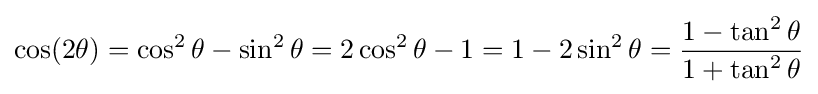
\cos(2\theta )=\cos ^{2}\theta -\sin ^{2}\theta =2\cos ^{2}\theta -1=1-2\sin ^{2}\theta ={\frac {1-\tan ^{2}\theta }{1+\tan ^{2}\theta }}